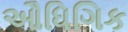
ઔધિગિક